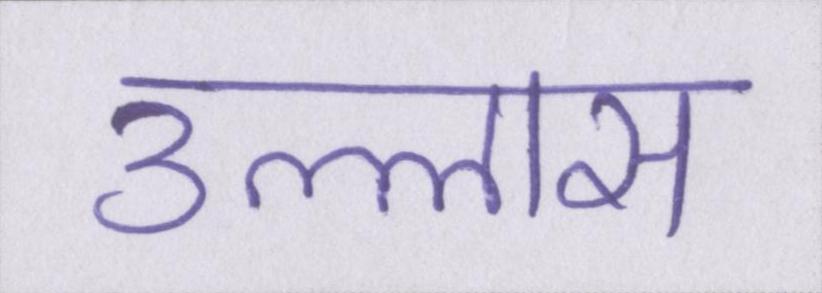
उल्लास